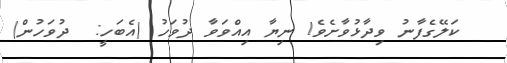
ކަލޭގެފާނު ވިދާޅުވާށެވެ! ނިޔާ އިއްވަވާ ދުވަހު (އެބަހީ:  ދުވަހުން)